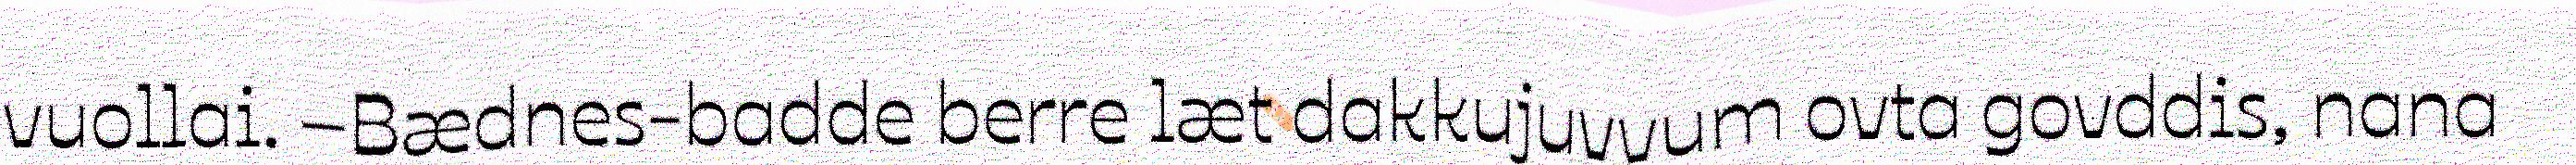
vuollai. –Bædnes-badde berre læt dakkujuvvum ovta govddis, nana